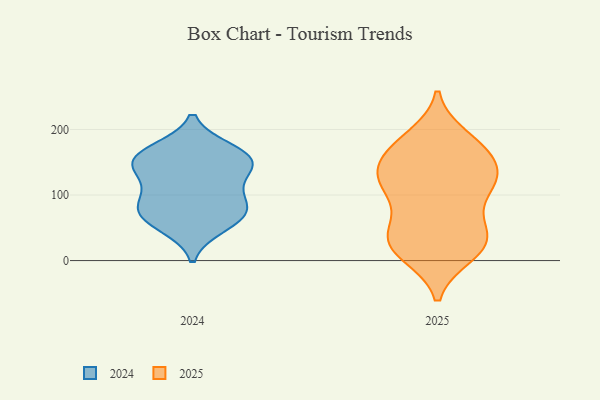
{"axis": {"x": "Page Views", "y": "Value"}, "legend": ["2024", "2025"], "data": [{"x": "", "y": 150, "type": "2024"}, {"x": "", "y": 167, "type": "2024"}, {"x": "", "y": 53, "type": "2024"}, {"x": "", "y": 156, "type": "2024"}, {"x": "", "y": 117, "type": "2024"}, {"x": "", "y": 82, "type": "2024"}, {"x": "", "y": 155, "type": "2024"}, {"x": "", "y": 70, "type": "2024"}, {"x": "", "y": 144, "type": "2024"}, {"x": "", "y": 92, "type": "2024"}, {"x": "", "y": 69, "type": "2024"}, {"x": "", "y": 60, "type": "2025"}, {"x": "", "y": 153, "type": "2025"}, {"x": "", "y": 42, "type": "2025"}, {"x": "", "y": 173, "type": "2025"}, {"x": "", "y": 125, "type": "2025"}, {"x": "", "y": 18, "type": "2025"}, {"x": "", "y": 118, "type": "2025"}, {"x": "", "y": 10, "type": "2025"}, {"x": "", "y": 101, "type": "2025"}, {"x": "", "y": 143, "type": "2025"}, {"x": "", "y": 176, "type": "2025"}, {"x": "", "y": 119, "type": "2025"}, {"x": "", "y": 25, "type": "2025"}, {"x": "", "y": 170, "type": "2025"}, {"x": "", "y": 36, "type": "2025"}, {"x": "", "y": 123, "type": "2025"}, {"x": "", "y": 15, "type": "2025"}, {"x": "", "y": 42, "type": "2025"}, {"x": "", "y": 187, "type": "2025"}, {"x": "", "y": 116, "type": "2025"}]}